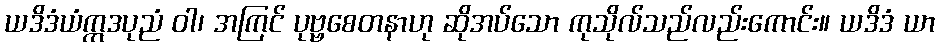
ယဒိဒံယံဣဒပုညံ ဝါ၊ အကြင် ပုဗ္ဗစေတနာဟု ဆိုအပ်သော ကုသိုလ်သည်လည်းကောင်း။ ယဒိဒံ ယာ